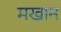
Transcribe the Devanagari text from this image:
मखान